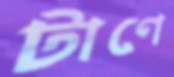
টাণে